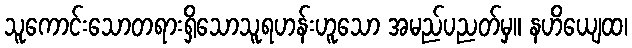
သူကောင်းသောတရားရှိသောသူရဟန်းဟူသော အမည်ပညတ်မှ။ နဟိယျေထ၊